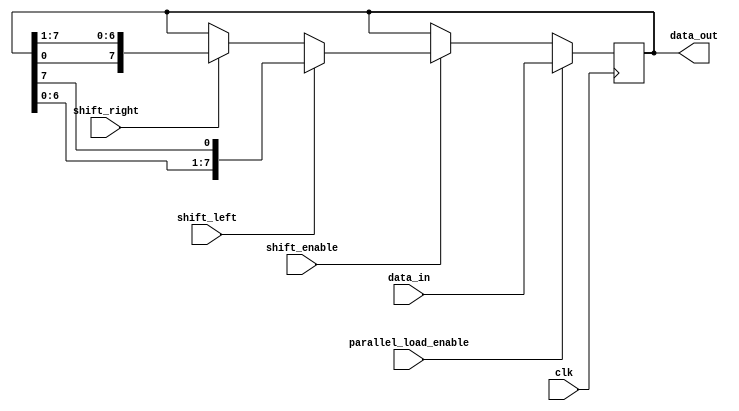
module universal_shift_register (
  input wire clk,
  input wire [7:0] data_in,
  input wire shift_left,
  input wire shift_right,
  input wire parallel_load_enable,
  input wire shift_enable,
  output reg [7:0] data_out
);

reg [7:0] shift_reg;

always @ (posedge clk) begin
  if (parallel_load_enable) begin
    shift_reg <= data_in;
  end else if (shift_enable) begin
    if (shift_left) begin
      shift_reg <= {shift_reg[6:0], shift_reg[7]};
    end else if (shift_right) begin
      shift_reg <= {shift_reg[0], shift_reg[7:1]};
    end
  end
end

assign data_out = shift_reg;

endmodule